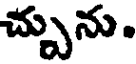
చ్చును.